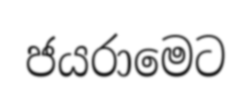
ජයරාමෙට